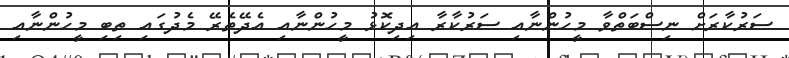
ސަރުކާރަށް ނިސްބަތްވާ މީހުންނާއި ސަރުކާރާ އިދިކޮޅު މީހުންނާއި އެދޭތެރޭ މެދުގައި ތިބި މީހުންނާއި